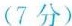
(7分)